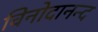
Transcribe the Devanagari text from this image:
विनोदानन्द